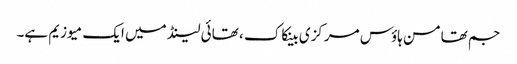
جم تھامسن ہاؤس مرکزی بینکاک ، تھائی لینڈ میں ایک میوزیم ہے۔